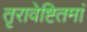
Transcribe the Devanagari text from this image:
तृरावेष्टितमां